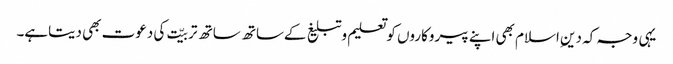
یہی وجہ کہ دینِ اسلام بھی اپنے پیروکاروں کوتعلیم وتبلیغ کےساتھ ساتھ تربیّت کی دعوت بھی دیتاہے۔